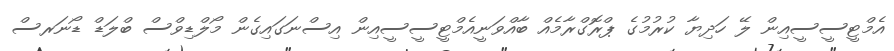
އެމްޓީސީސީއިން ލޭ ހަދިޔާ ކުރުމުގެ ޕްރޮގްރާމެއް ބާއްވަނީއެމްޓީސީސީއިން އިސްނަގައިގެން މޯލްޑިވްސް ބްލަޑް ޑޯނަރސް